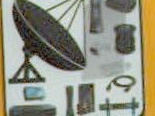
قد